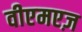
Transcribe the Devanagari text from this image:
वीएमएज़